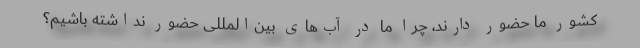
کشور ما حضور دارند، چرا ما در آب‌های بین‌المللی حضور نداشته باشیم؟